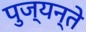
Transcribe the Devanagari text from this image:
पुज्यन्ते